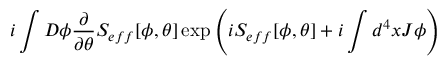
i \int D \phi \frac { \partial } { \partial \theta } S _ { e f f } [ \phi , \theta ] \exp \left( i S _ { e f f } [ \phi , \theta ] + i \int d ^ { 4 } x J \phi \right)